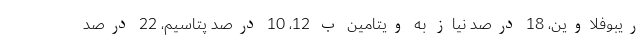
ریبوفلاوین، 18 درصد نیاز به ویتامین ب 12، 10 درصد پتاسیم، 22 درصد